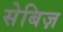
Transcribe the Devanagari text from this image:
सेबिज़